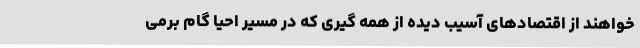
خواهند از اقتصادهای آسیب دیده از همه گیری که در مسیر احیا گام برمی